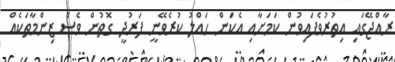
ރާއްޖޭގައި އިތުރުވެފައިވުން ކަމަށާއި އެކަން ހައްލު ކުރެވޭނީ ފަރުދީ ގޮތުން ވެސް ޒިންމާތަކެއް